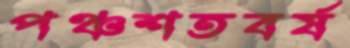
পঞ্চশতবর্ষ